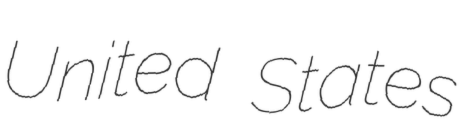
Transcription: United States